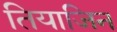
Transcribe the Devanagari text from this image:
तियाजिन